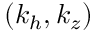
( k _ { h } , k _ { z } )